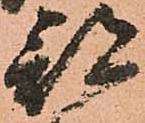
部